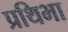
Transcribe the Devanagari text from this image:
प्रथिभा